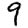
Digit: 9